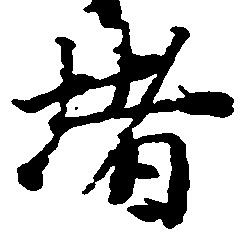
堵